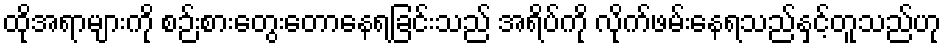
ထိုအရာများကို စဉ်းစားတွေးတောနေရခြင်းသည် အရိပ်ကို လိုက်ဖမ်းနေရသည်နှင့်တူသည်ဟု